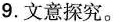
9.文意探究。